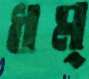
ধম্‌